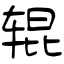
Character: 辊